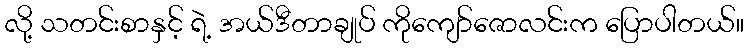
လို့ သတင်းစာနှင့် ရဲ့ အယ်ဒီတာချုပ် ကိုကျော်ဇောလင်းက ပြောပါတယ်။